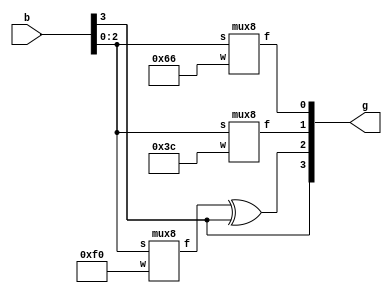
module q1(b, g);
input [3: 0]b;
output [3: 0]g;
wire [7: 0]m0, m1, m2;
assign m0 = 8'b01100110;
assign m1 = 8'b00111100;
assign m2 = 8'b11110000;
mux8 stage0(m0[7: 0], g[0], b[2: 0]);
mux8 stage1(m1[7: 0], g[1], b[2: 0]);
mux8 stage2(m2[7: 0], k, b[2: 0]);
assign g[2] = k ^ b[3];
assign g[3] = b[3];
endmodule

module mux8(w,f,s);
input [7: 0]w;
input [2: 0]s;
output f;
reg f;
always@ (s or w)
begin
case(s)
	0:f=w[0];
	1:f=w[1];
	2:f=w[2];
	3:f=w[3];
	4:f=w[4];
	5:f=w[5];
	6:f=w[6];
	7:f=w[7];
endcase
end
endmodule